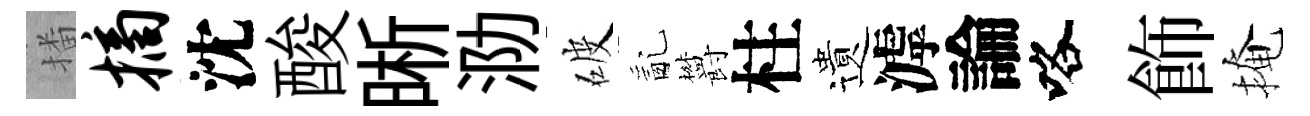
播摘沈酸晰泐破亂欝柱遺滹論咯飾掩